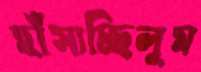
হাঁসাচ্ছিলুম